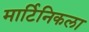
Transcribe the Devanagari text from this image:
मार्टिनिकला